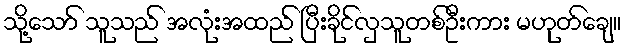
သို့သော် သူသည် အလုံးအထည် ပြီးခိုင်လှသူတစ်ဦးကား မဟုတ်ချေ။